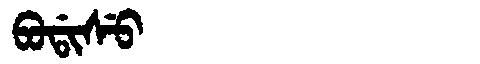
Manchu: ᠪᠣᡩᡳᠰᡠ
Romanization: BODISU